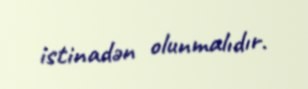
istinadən olunmalıdır.